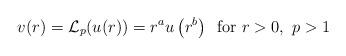
LaTeX: \begin{align*}v(r)={\mathcal L}_p(u(r))=r^a u\left(r^b\right)\,\hbox{ for }r>0,\ p>1\end{align*}